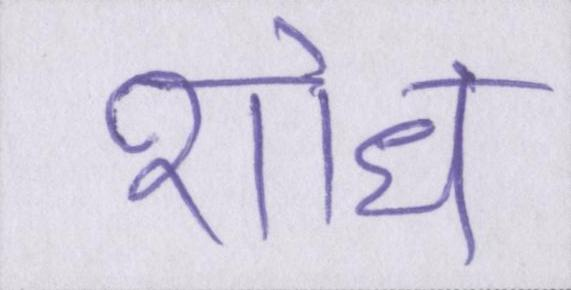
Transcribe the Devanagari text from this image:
शोध